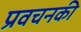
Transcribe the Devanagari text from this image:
प्रवचनकी